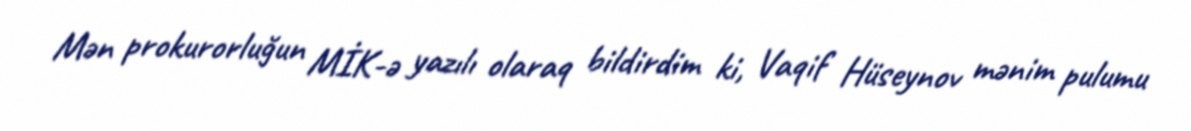
Mən prokurorluğun MİK-ə yazılı olaraq bildirdim ki, Vaqif Hüseynov mənim pulumu